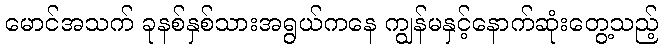
မောင်အသက် ခုနစ်နှစ်သားအရွယ်ကနေ ကျွန်မနှင့်နောက်ဆုံးတွေ့သည့်